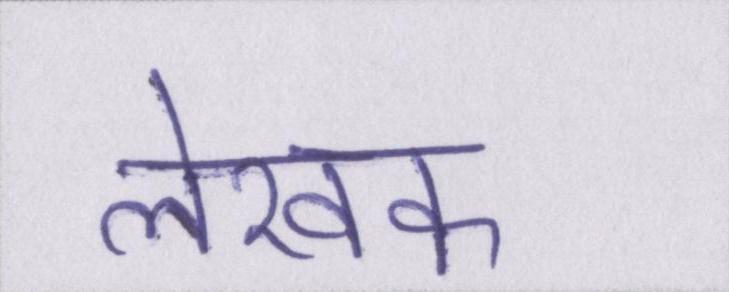
लेखक